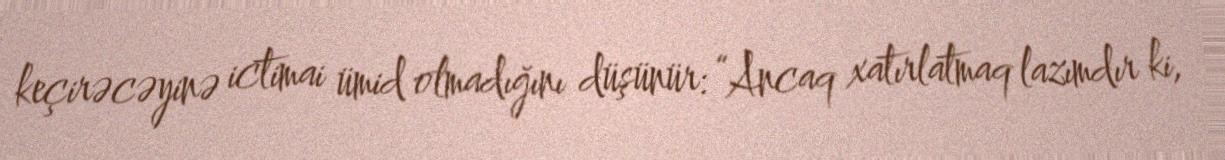
keçirəcəyinə ictimai ümid olmadığını düşünür: “Ancaq xatırlatmaq lazımdır ki,